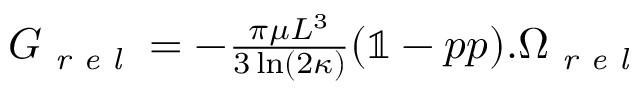
\begin{array} { r } { \boldsymbol { G } _ { \textit { r e l } } = - \frac { \pi \mu L ^ { 3 } } { 3 \ln ( 2 \kappa ) } ( \mathbb { 1 } - \boldsymbol { p } \boldsymbol { p } ) . \boldsymbol { \Omega } _ { \textit { r e l } } } \end{array}